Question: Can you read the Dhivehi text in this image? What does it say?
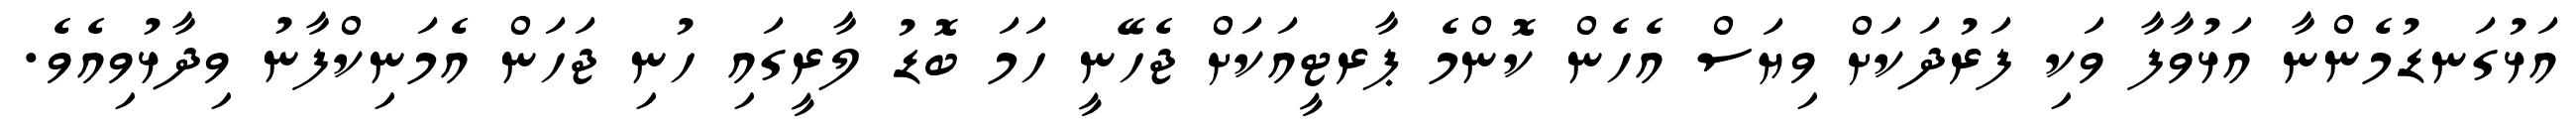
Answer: އަޅުގަނޑުމެންނާ އަޅުވާފާ ވަކި ފަރުދަކަށް ވިޔަސް އެހެން ކޮންމެ ޕާރޓީއަކަށް ޖެހޭނީ ހަމަ ބޮޑު ލާރީގައި ހުނި ޖަހަން އެމަނިކްފާނު ވިދާޅުވިއެވެ.